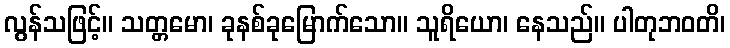
လွန်သဖြင့်။ သတ္တမော၊ ခုနစ်ခုမြောက်သော။ သူရိယော၊ နေသည်။ ပါတုဘဝတိ၊